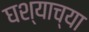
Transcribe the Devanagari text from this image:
घश्याच्या